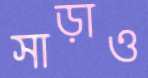
সাড়াও